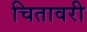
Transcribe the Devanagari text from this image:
चितावरी